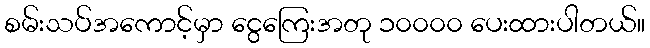
စမ်းသပ်အကောင့်မှာ ငွေကြေးအတု ၁၀၀၀၀ ပေးထားပါတယ်။